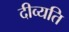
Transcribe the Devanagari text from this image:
दीव्यति